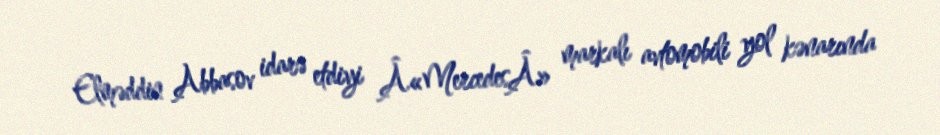
Elməddin Abbasov idarə etdiyi Â«MercedesÂ» markalı avtomobili yol kənarında